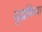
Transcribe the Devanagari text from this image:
युद्धकिल्ला